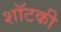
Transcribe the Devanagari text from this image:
शॉटकी